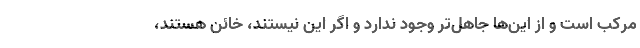
مرکب است و از این‌ها جاهل‌تر وجود ندارد و اگر این نیستند، خائن هستند،